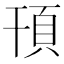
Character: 頇